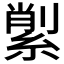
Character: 𦂗